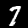
Label: 7